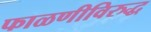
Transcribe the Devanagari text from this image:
फाळणीविरुद्ध